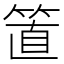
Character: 𥮖